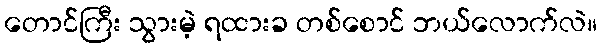
တောင်ကြီး သွားမဲ့ ရထားခ တစ်စောင် ဘယ်လောက်လဲ။